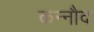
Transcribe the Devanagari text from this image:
कन्नौद